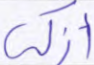
أزكى